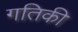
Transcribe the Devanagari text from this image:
गतिकी